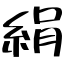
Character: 絹